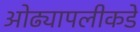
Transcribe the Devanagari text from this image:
ओढ्यापलीकडे